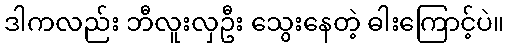
ဒါကလည်း ဘီလူးလှဦး သွေးနေတဲ့ ဓါးကြောင့်ပဲ။